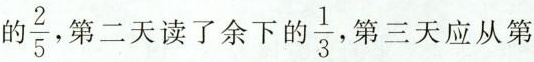
的\frac{2}{5} 二天读了余下的一 \frac{1}{3}三天应从第